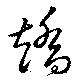
趫